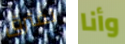
نفترق وأنا